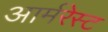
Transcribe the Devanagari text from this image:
आर्मरेस्ट